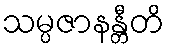
သမ္ပဇာနန္တီတိ